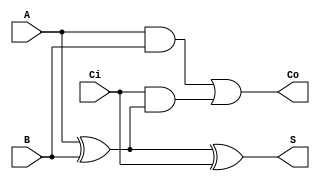
`timescale 1ns / 1ps

module adder1bit(A, B, Ci, S, Co);

input A, B, Ci;
output S, Co;
assign S = A^B^Ci;
assign Co = A&B | Ci&(A^B);

endmodule

module adder4bit(A, B, Ci, S, Co);
input [3:0] A, B; input Ci;
output [3:0] S; output Co;

wire [3:0] A, B, S; wire Ci, Co;
wire [2:0] C;

adder1bit add1(A[0], B[0], Ci, S[0], C[0]);
adder1bit add2(A[1], B[1], C[0], S[1], C[1]);
adder1bit add3(A[2], B[2], C[1], S[2], C[2]);
adder1bit add4(A[3], B[3], C[2], S[3], Co);

endmodule